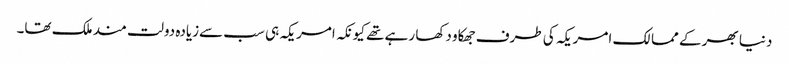
دنیا بھر کے ممالک امریکہ کی طرف جھکاو دکھا رہے تھے کیونکہ امریکہ ہی سب سےزیادہ دولت مند ملک تھا۔